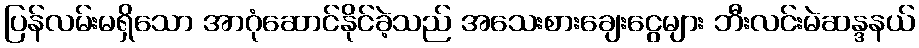
ပြန်လမ်းမရှိသော အာဂုံဆောင်နိုင်ခဲ့သည် အသေးစားချေးငွေများ ဘီးလင်းမဲဆန္ဒနယ်